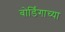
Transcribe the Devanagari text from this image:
बोर्डिंगाच्या